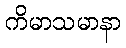
ကိမာသမာနာ